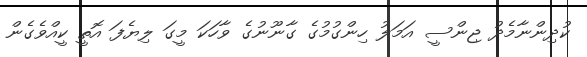
ކުދިންނާމެދު ޖިންސީ އަމަލު ހިންގުމުގެ ގާނޫނުގެ ވާހަކަ މީގަ ލިޔެފަ އޮތީީ ކީއްވެގެން